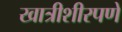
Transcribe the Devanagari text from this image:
खात्रीशीरपणे